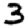
Digit: 3